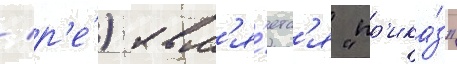
/ р'е́) явл'я́етс'я "пр'ика́з"